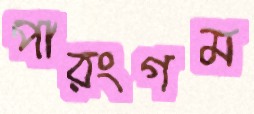
পারংগম